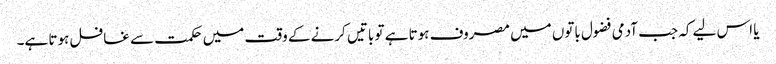
یا اس لیے کہ جب آدمی فضول باتوں میں مصروف ہوتا ہے تو باتیں کرنے کے وقت میں حکمت سے غافل ہوتا ہے۔